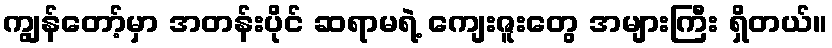
ကျွန်တော့်မှာ အတန်းပိုင် ဆရာမရဲ့ ကျေးဇူးတွေ အများကြီး ရှိတယ်။